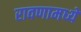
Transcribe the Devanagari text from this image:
रावणामध्ये